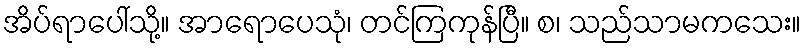
အိပ်ရာပေါ်သို့။ အာရောပေသုံ၊ တင်ကြကုန်ပြီ။ စ၊ သည်သာမကသေး။